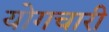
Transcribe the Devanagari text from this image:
योगचारी